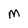
Character: M